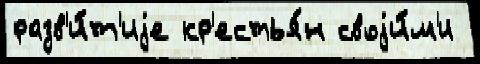
разв'и́т'иjе кр'естья́н своjи́м'и